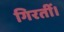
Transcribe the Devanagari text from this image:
गिरतीं।